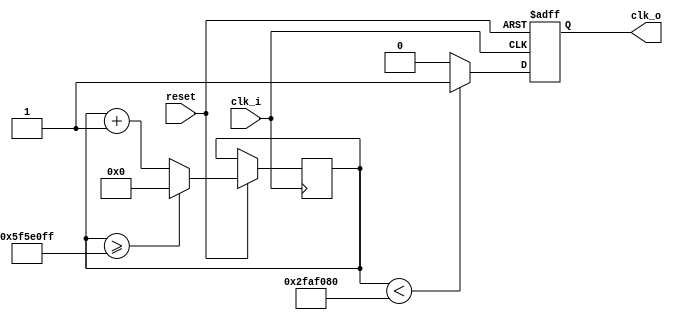
`timescale 1ns / 1ps


module clock_divider1(clk_i, reset, clk_o);
    input clk_i, reset;
    output reg clk_o;
    
    parameter DIV = 28'd100000000;
    reg[27:0]count = 28'd0;


    always @ (posedge clk_i or negedge reset) begin
        if (!reset)
            clk_o <= 0;
        else begin
            count <= count + 28'd1;
            if (count >= (DIV-1))
                count <= 28'd0;
            clk_o <= (count<DIV/2)?1'b1:1'b0;
        end
    end //always    

endmodule